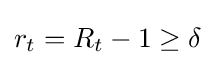
r_{t}=R_{t}-1\geq \delta